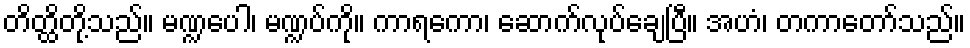
တိတ္ထိတို့သည်။ မဏ္ဍပေါ၊ မဏ္ဍပ်ကို။ ကာရကော၊ ဆောက်လုပ်ချေပြီ။ အဟံ၊ တကာတော်သည်။